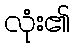
လုံး၏